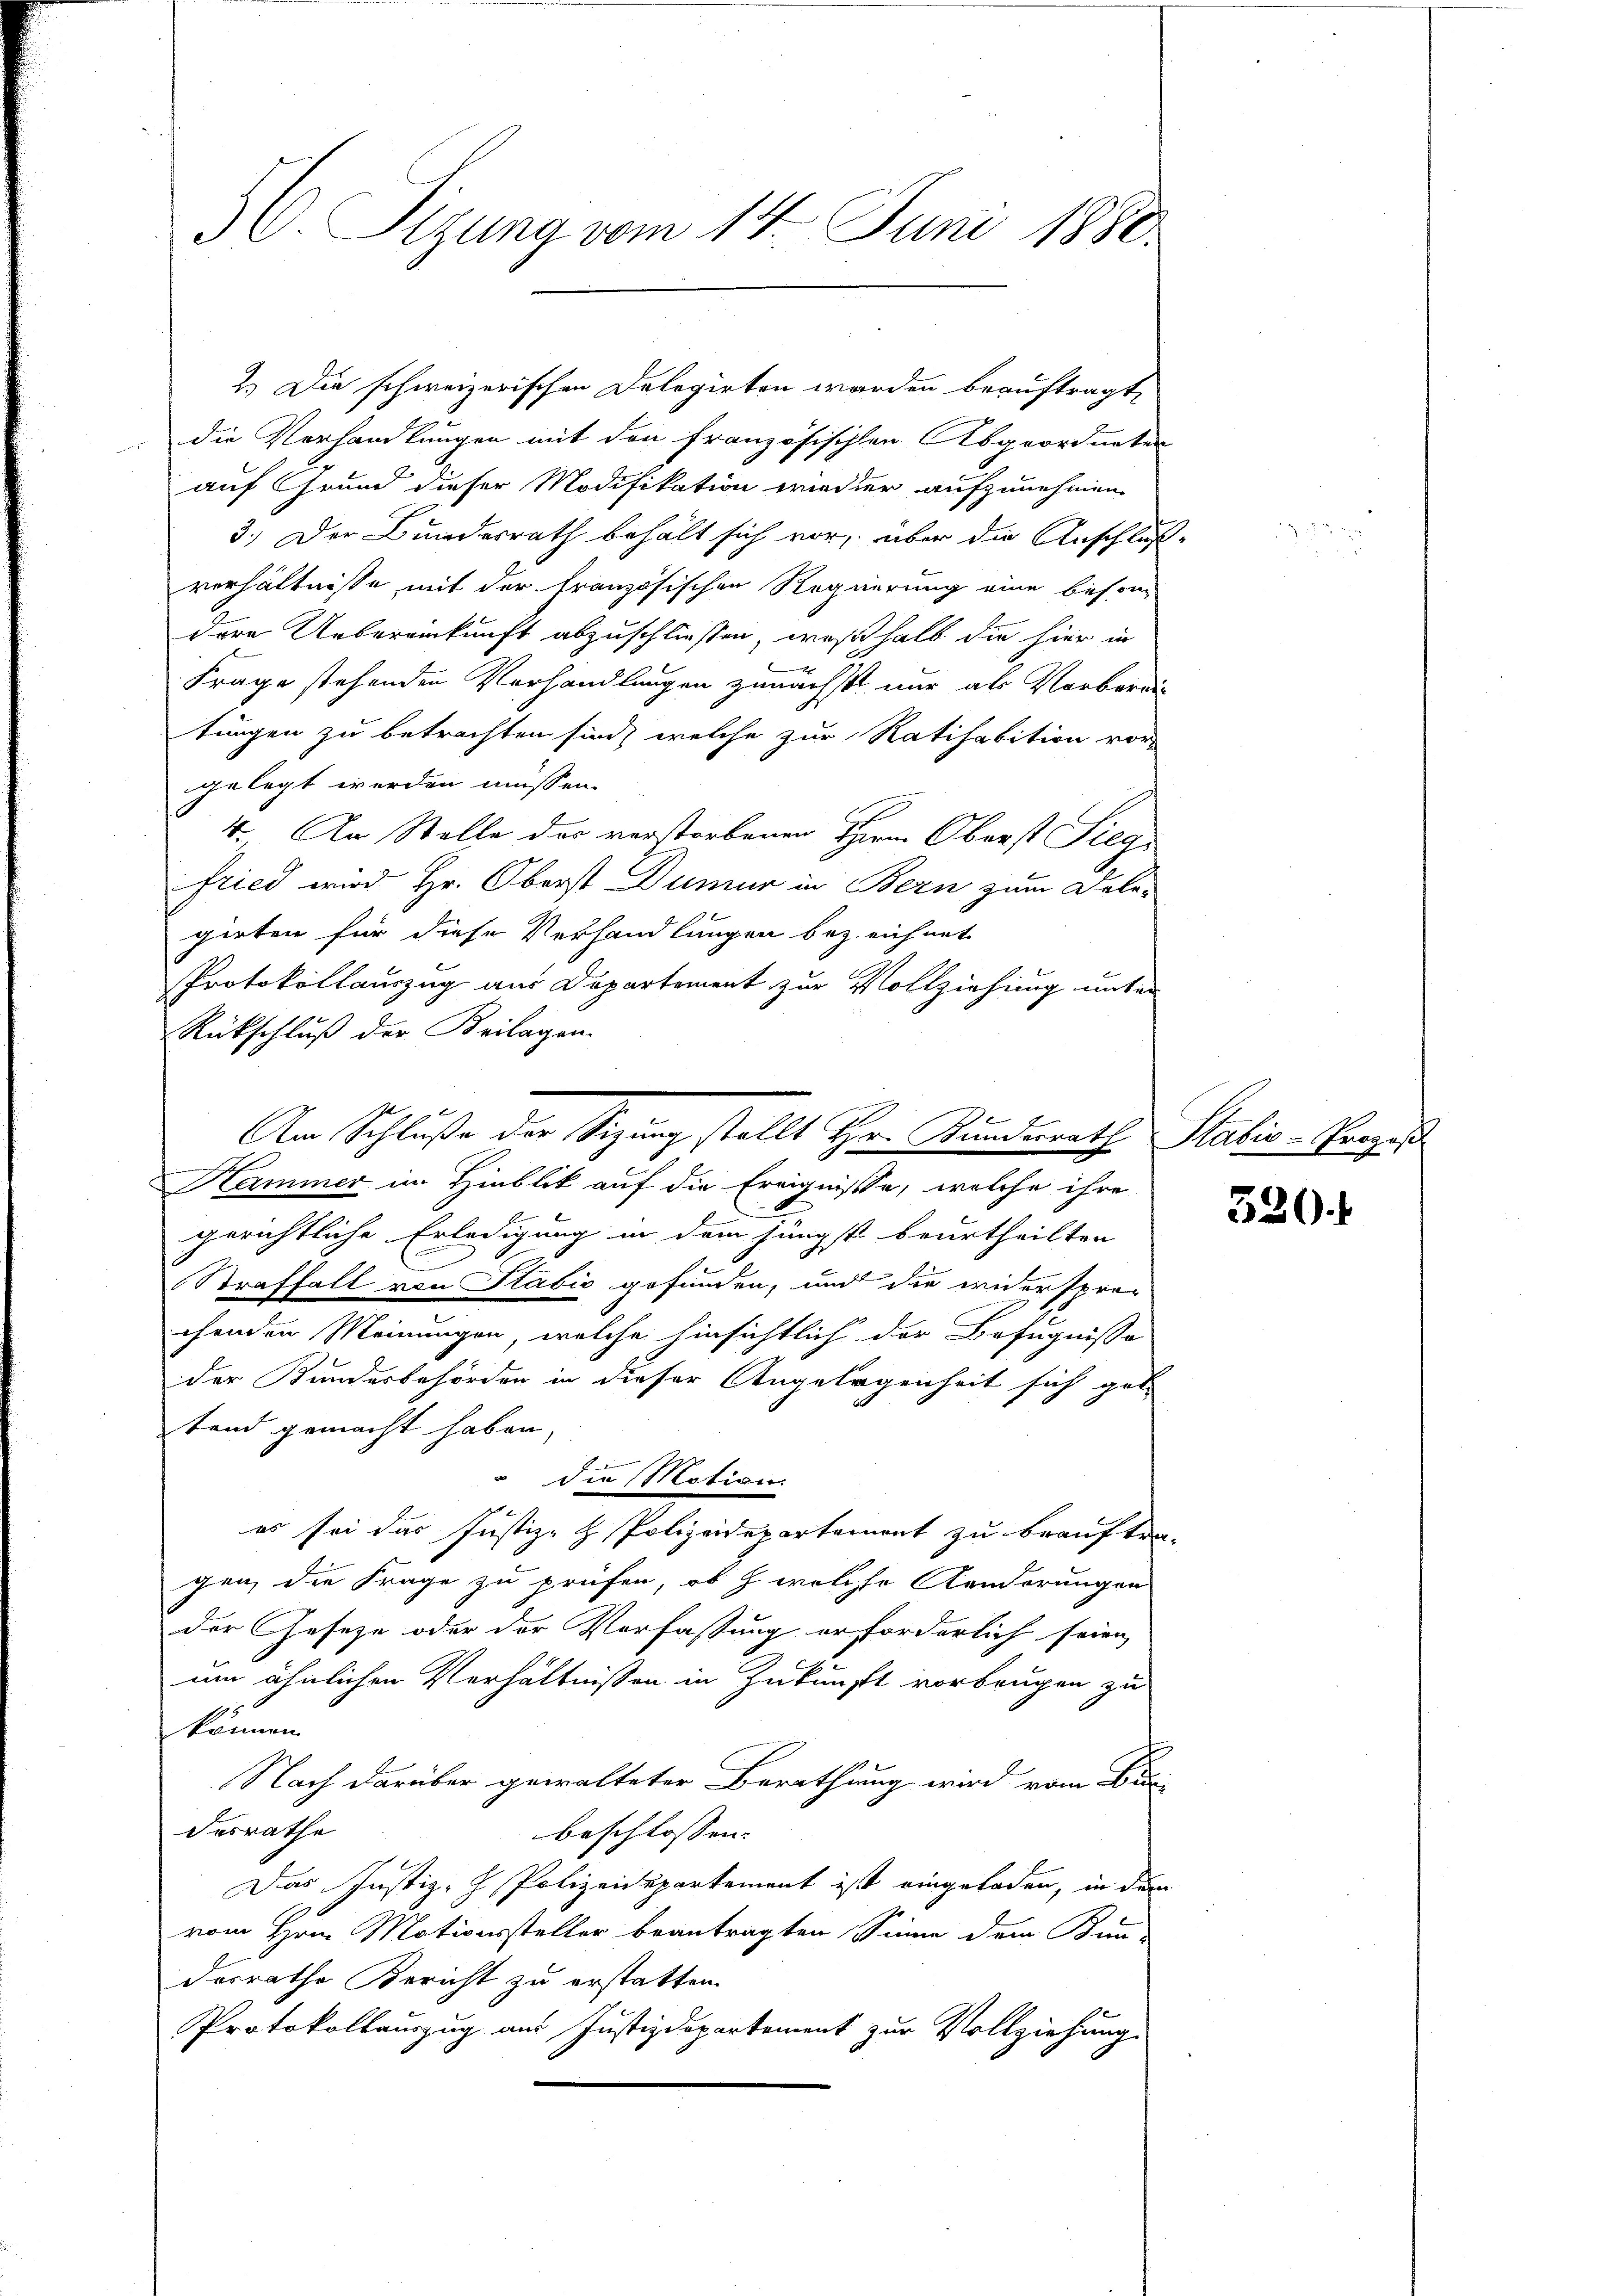
C. Sizung vom 14. Juni 1880.

die Verhandlungen mit den französischen Abgeordneten
auf Grund dieser Modifikation wieder aufzunehmen.
3.) Der Bundesrath behält sich vor, über die Anschluß-
verhältnisse mit der Französischen Regierung eine beson-
dere Uebereinkunft abzuschliessen, weßhalb die hier in
Frage stehenden Verhandlungen zunächst nur als Vorberei
tungen zu betrachten sind, welche zur Ratihabition vor-
gelegt werden müssen.
4. An Stelle des verstorbenen Herrn Oberst Pilg
Fried wird Hr. Oberst Dumur in Bern zum Dele-
girten für diese Verhandlungen bezeichnet
Protokollauszug aus Departement zur Vollziehung unter
Rückschluß der Keilagen.
gerichtliche Erledigung in dem jüngst beurtheilten
Straffall von Sabić gefunden, und die widerspre-
chenden Meinungen, welche hinsichtlich der Befugnisse
der Kundesbehörden in dieser Angelegenheit sich get
tand gemacht haben,
" die Motion
es sei das Justiz- & Polizeideparteront zu beauftra-
gen, die Frage zu prüfen, ob & welche Kinderungen
der Gesetze oder der Verfassung erforderlich seien,
um ähnlichen Verhältnissen in Zukunft vorbeugen zu
können.
Nach darüber gewalteter Berathung wird vom Bu
desrathe
beschlossen:
Das Justiz- Polizeidepartement ist eingeladen, in dem
vom Hrn. Mationssteller beantragten Sinne dem Bun-
desrathe Bericht zu erstatten.
Protokollauszug aus Justizdepartement zur Vollziehung

2.) Die schweizerischen Delegirten werden beauftragt,

Am Schluße der Sitzung stellt Hr. Kundesrath Statio - Prozes
Hammer im Hinblik auf die Ereignisse, welche ihre

530.